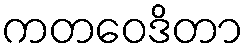
ကတဝေဒိတာ